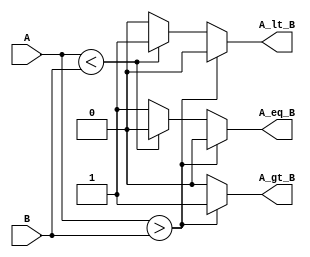
module ParameterizedComparator #(
    parameter WIDTH = 8  // Default width is 8 bits
)(
    input  [WIDTH-1:0] A,  // Input A
    input  [WIDTH-1:0] B,  // Input B
    output reg A_gt_B,      // A greater than B
    output reg A_lt_B,      // A less than B
    output reg A_eq_B       // A equal to B
);

    // Always block to perform comparison
    always @(*) begin
        // Initialize outputs to zero
        A_gt_B = 1'b0;
        A_lt_B = 1'b0;
        A_eq_B = 1'b0;

        // Compare A and B
        if (A > B) begin
            A_gt_B = 1'b1;  // A is greater than B
        end else if (A < B) begin
            A_lt_B = 1'b1;  // A is less than B
        end else begin
            A_eq_B = 1'b1;  // A is equal to B
        end
    end

endmodule